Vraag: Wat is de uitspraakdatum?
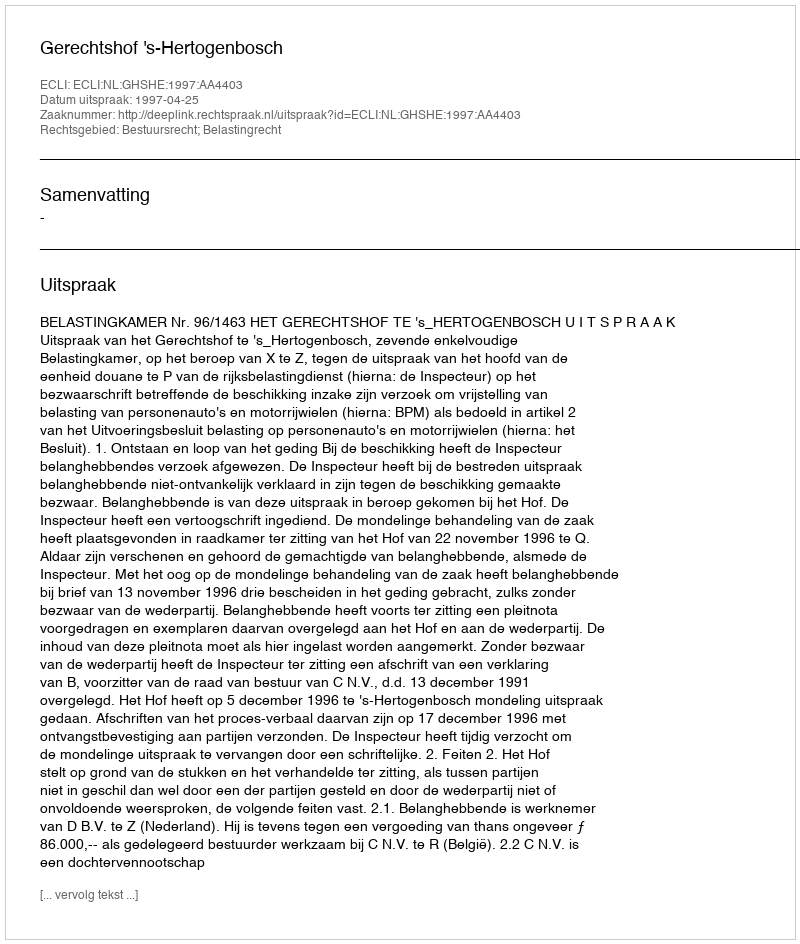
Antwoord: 1997-04-25